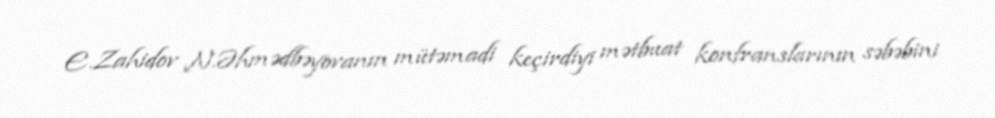
E.Zahidov N.Əhmədbəyovanın mütəmadi keçirdiyi mətbuat konfranslarının səbəbini